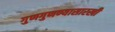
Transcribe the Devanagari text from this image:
गुणगुणण्यासारखी